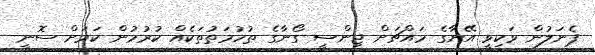
ޕެނަލުން ވަކިވީ އޭނާގެ މައްޗަށް ޖިންސީ ގޯނާގެ ތުހުމަތުތަކެއް ކުރުމުން ކަމަށް ސޮނީ